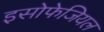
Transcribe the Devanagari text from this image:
इसोफेजियल